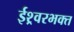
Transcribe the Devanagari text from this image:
ईश्र्वरभक्त